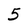
Character: 5